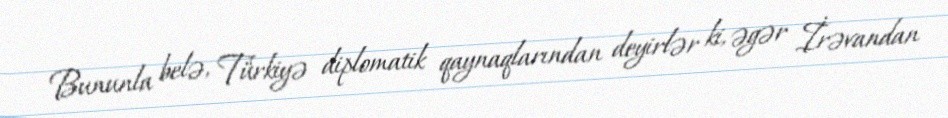
Bununla belə, Türkiyə diplomatik qaynaqlarından deyirlər ki, əgər İrəvandan